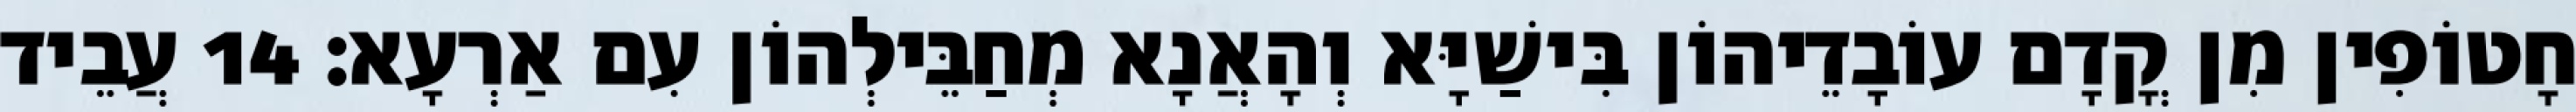
חָטוֹפִין מִן קֳדָם עוֹבָדֵיהוֹן בִּישַׁיָּא וְהָאֲנָא מְחַבֵּילְהוֹן עִם אַרְעָא׃ 14 עֲבֵיד